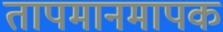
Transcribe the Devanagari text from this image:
तापमानमापक